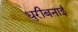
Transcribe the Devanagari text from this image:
धुरीबनाई